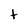
Character: t